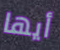
أيها